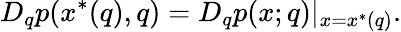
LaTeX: D_{q}p(x^{*}(q),q)=D_{q}p(x;q)|_{x=x^{*}(q)}.